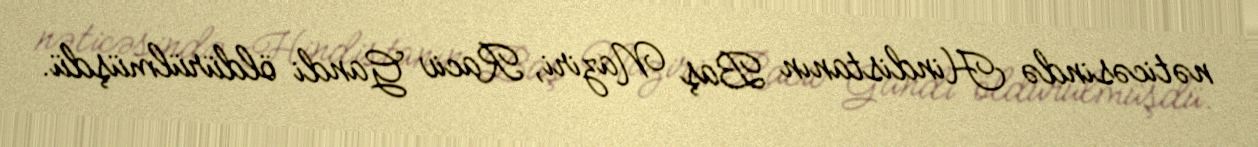
nəticəsində Hindistanın Baş Naziri, Raciv Gandi öldürülmüşdü.